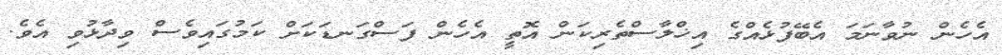
އެހެން ނުވާނަމަ އެބޭފުޅެއްގެ އިޚްލާސްތެރިކަން އޮތީ އެހެން ފަސްގަނޑަކަށް ކަމުގައިވެސް ވިދާޅުވި އެވެ.